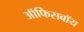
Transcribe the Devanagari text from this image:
ऑफिसबॉय